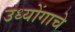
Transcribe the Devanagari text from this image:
उध्योंगाचे